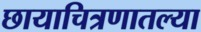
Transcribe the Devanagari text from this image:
छायाचित्रणातल्या